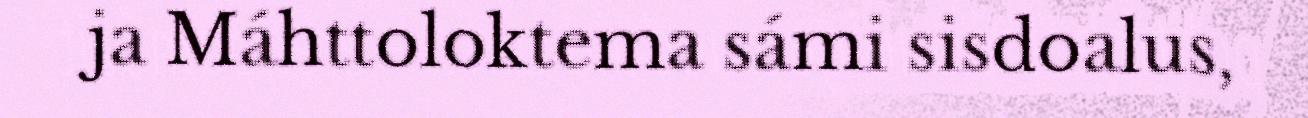
ja Máhttoloktema sámi sisdoalus,